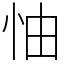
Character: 怞